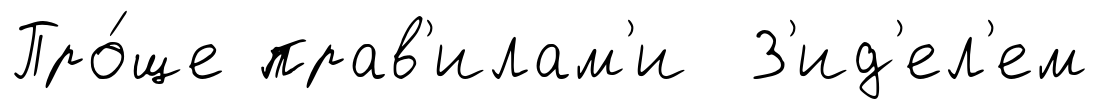
Про́ще прав'илам'и З'ид'ел'ем